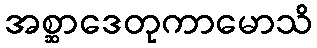
အစ္ဆာဒေတုကာမောသိ